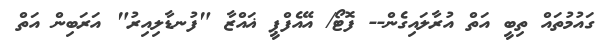
ގައުމުތައް ތިބީ އަތް އުރާލައިގެން-- ފޮޓޯ/ އޭއެފްޕީ ޣައްޒާ "ފުނޑާލިއިރު" އަރަބިން އަތް